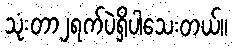
သုံးတာ၂ရက်ပဲရှိပါသေးတယ်။